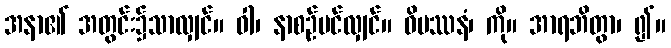
အနာ၏ အတွင်း၌သာလျှင်။ ဝါ၊ နာစဉ်ပင်လျှင်။ ဝိပဿနံ၊ ကို။ အာရဘိတွာ၊ ၍။